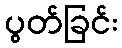
ပွတ်ခြင်း